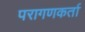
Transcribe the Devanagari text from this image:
परागणकर्ता